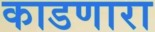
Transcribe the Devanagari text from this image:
काडणारा